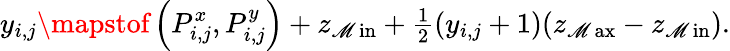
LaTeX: y_{i,j}\mapstof\left(P_{i,j}^{x},P_{i,j}^{y}\right)+z_{\operatorname*{\mathscr{M}in}}+\textstyle\frac{{1}}{{2}}(y_{i,j}+1)(z_{\operatorname*{\mathscr{M}ax}}-z_{\operatorname*{\mathscr{M}in}}).